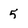
Character: 5